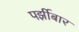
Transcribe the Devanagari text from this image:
पर्झीबार